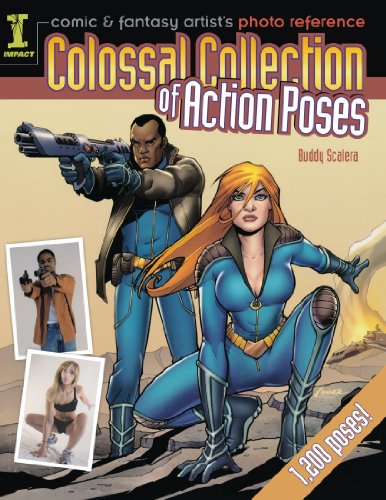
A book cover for Comic & Fantasy Artist's Photo Reference: Colossal Collection of Action Poses; Buddy Scalera; Arts & Photography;